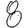
Digit: 8